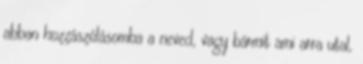
abban hozzászólásomba a neved, vagy bármit ami arra utal,